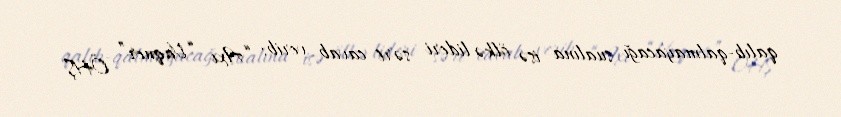
qalıb-qalmayacağı sualına isə ölkə lideri sərt cavab verib: “Axı “Vaqner” ÖHŞ